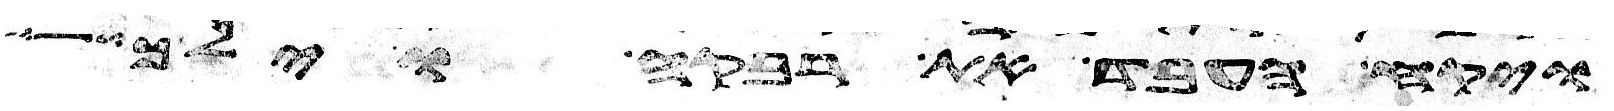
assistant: ויקח העבד את רבקה וילך